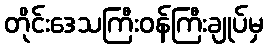
တိုင်းဒေသကြီးဝန်ကြီးချုပ်မှ